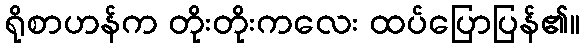
ရိုစာဟန်က တိုးတိုးကလေး ထပ်ပြောပြန်၏။